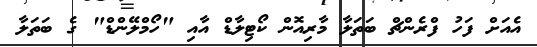
އެއަށް ފަހު ފްރެންޗް ބަތަލާ މާރިއޮން ކޯޓިލާޑް އާއި "ހޯމްލޭންޑް" ގެ ބަތަލާ